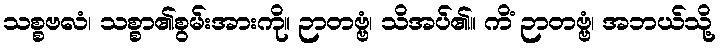
သစ္စဗလံ၊ သစ္စာ၏စွမ်းအားကို။ ဉာတဗ္ဗံ၊ သိအပ်၏။ ကိံ ဉာတဗ္ဗံ၊ အဘယ်သို့